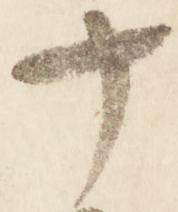
十